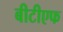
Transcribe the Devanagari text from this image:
बीटीएफ